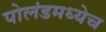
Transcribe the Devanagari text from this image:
पोलंडमध्येच